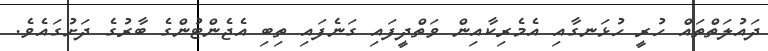
ދައުލަތްތައް ހުރީ ހުޅަނގާއި އެމެރިކާއިން ވަތްދީފައި ގަނެފައި ތިބި އެޖެންޓުންގެ ބާރުގެ ދަށުގައެވެ.